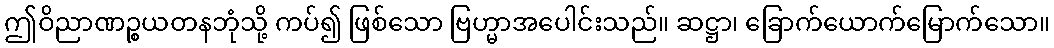
ဤဝိညာဏဉ္စယတနဘုံသို့ ကပ်၍ ဖြစ်သော ဗြဟ္မာအပေါင်းသည်။ ဆဋ္ဌာ၊ ခြောက်ယောက်မြောက်သော။